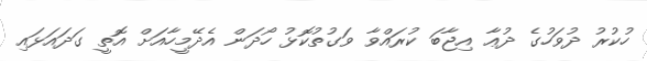
ހުކުރު ދުވަހުގެ ދުޢާ އިޖާބަ ކުރައްވާ ވަގުތުކޮޅު ހޯދަން އެދޭމީހާއަށް އޮތީ ގަދައަޅައި